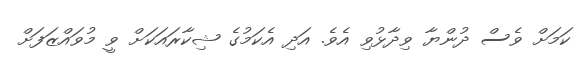
ކަމަށް ވެސް ދުންޔާ ވިދާޅުވި އެވެ. އަދި އެކަމުގެ ޝިކާރައަކަށް ވީ މުވައްޒަފަށް